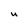
Character: u